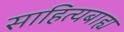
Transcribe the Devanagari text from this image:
साहित्यबाह्य